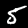
Digit: 5